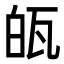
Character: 㼟